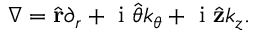
\begin{array} { r } { \nabla = \hat { \mathbf { r } } \partial _ { r } + \mathrm { ~ i ~ } \hat { \boldsymbol { \theta } } k _ { \theta } + \mathrm { ~ i ~ } \hat { \mathbf { z } } k _ { z } . } \end{array}